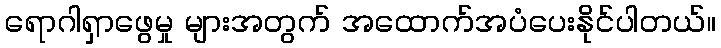
ရောဂါရှာဖွေမှု များအတွက် အထောက်အပံပေးနိုင်ပါတယ်။